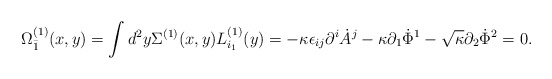
\begin{align*}\Omega^{(1)}_{\bar 1} (x,y) = \int d^2 y \Sigma^{(1)}(x,y) L^{(1)}_{i_1}(y) = - \kappa \epsilon_{ij} \partial^i \dot A^j - \kappa \partial_1 \dot \Phi^1 - {\sqrt \kappa} \partial_2 \dot \Phi^2 =0.\end{align*}